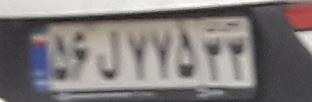
۵۶ل۷۷۵۳۳